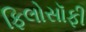
ફિલોસૉફી